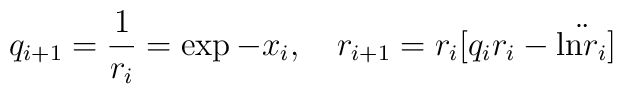
q_{i+1}={1\over r_i}=\exp-x_i,\quad r_{i+1}=r_i[q_ir_i-\ddot{\mbox{ln} r_i}]